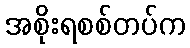
အစိုးရစစ်တပ်က